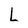
Character: L